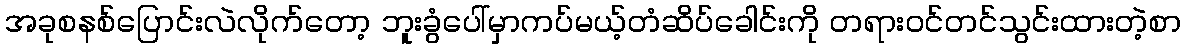
အခုစနစ်ပြောင်းလဲလိုက်တော့ ဘူးခွံပေါ်မှာကပ်မယ့်တံဆိပ်ခေါင်းကို တရားဝင်တင်သွင်းထားတဲ့စာ